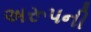
અરૂપની